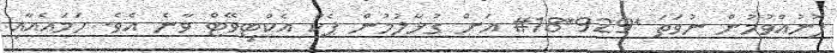
ފޮނުއްވުމުން ނުވަތަ *929*18# އަށް ގުޅާލުމުން ޕެކް އެކްޓިވޭޓް ވާނެ އެވެ. ހަމައެއާއި